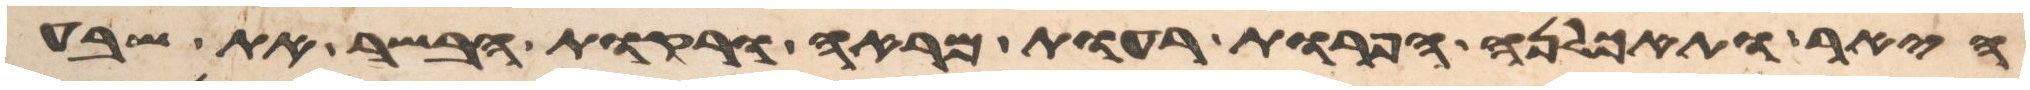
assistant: היאר ותאכלנה הפרות רעות המראה ורקות הבשר את שבע